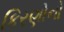
કિરણોનો